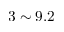
3 \sim 9 . 2